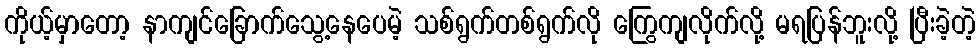
ကိုယ့်မှာတော့ နာကျင်ခြောက်သွေ့နေပေမဲ့ သစ်ရွက်တစ်ရွက်လို ကြွေကျလိုက်လို့ မရပြန်ဘူးလို့ ပြီးခဲ့တဲ့